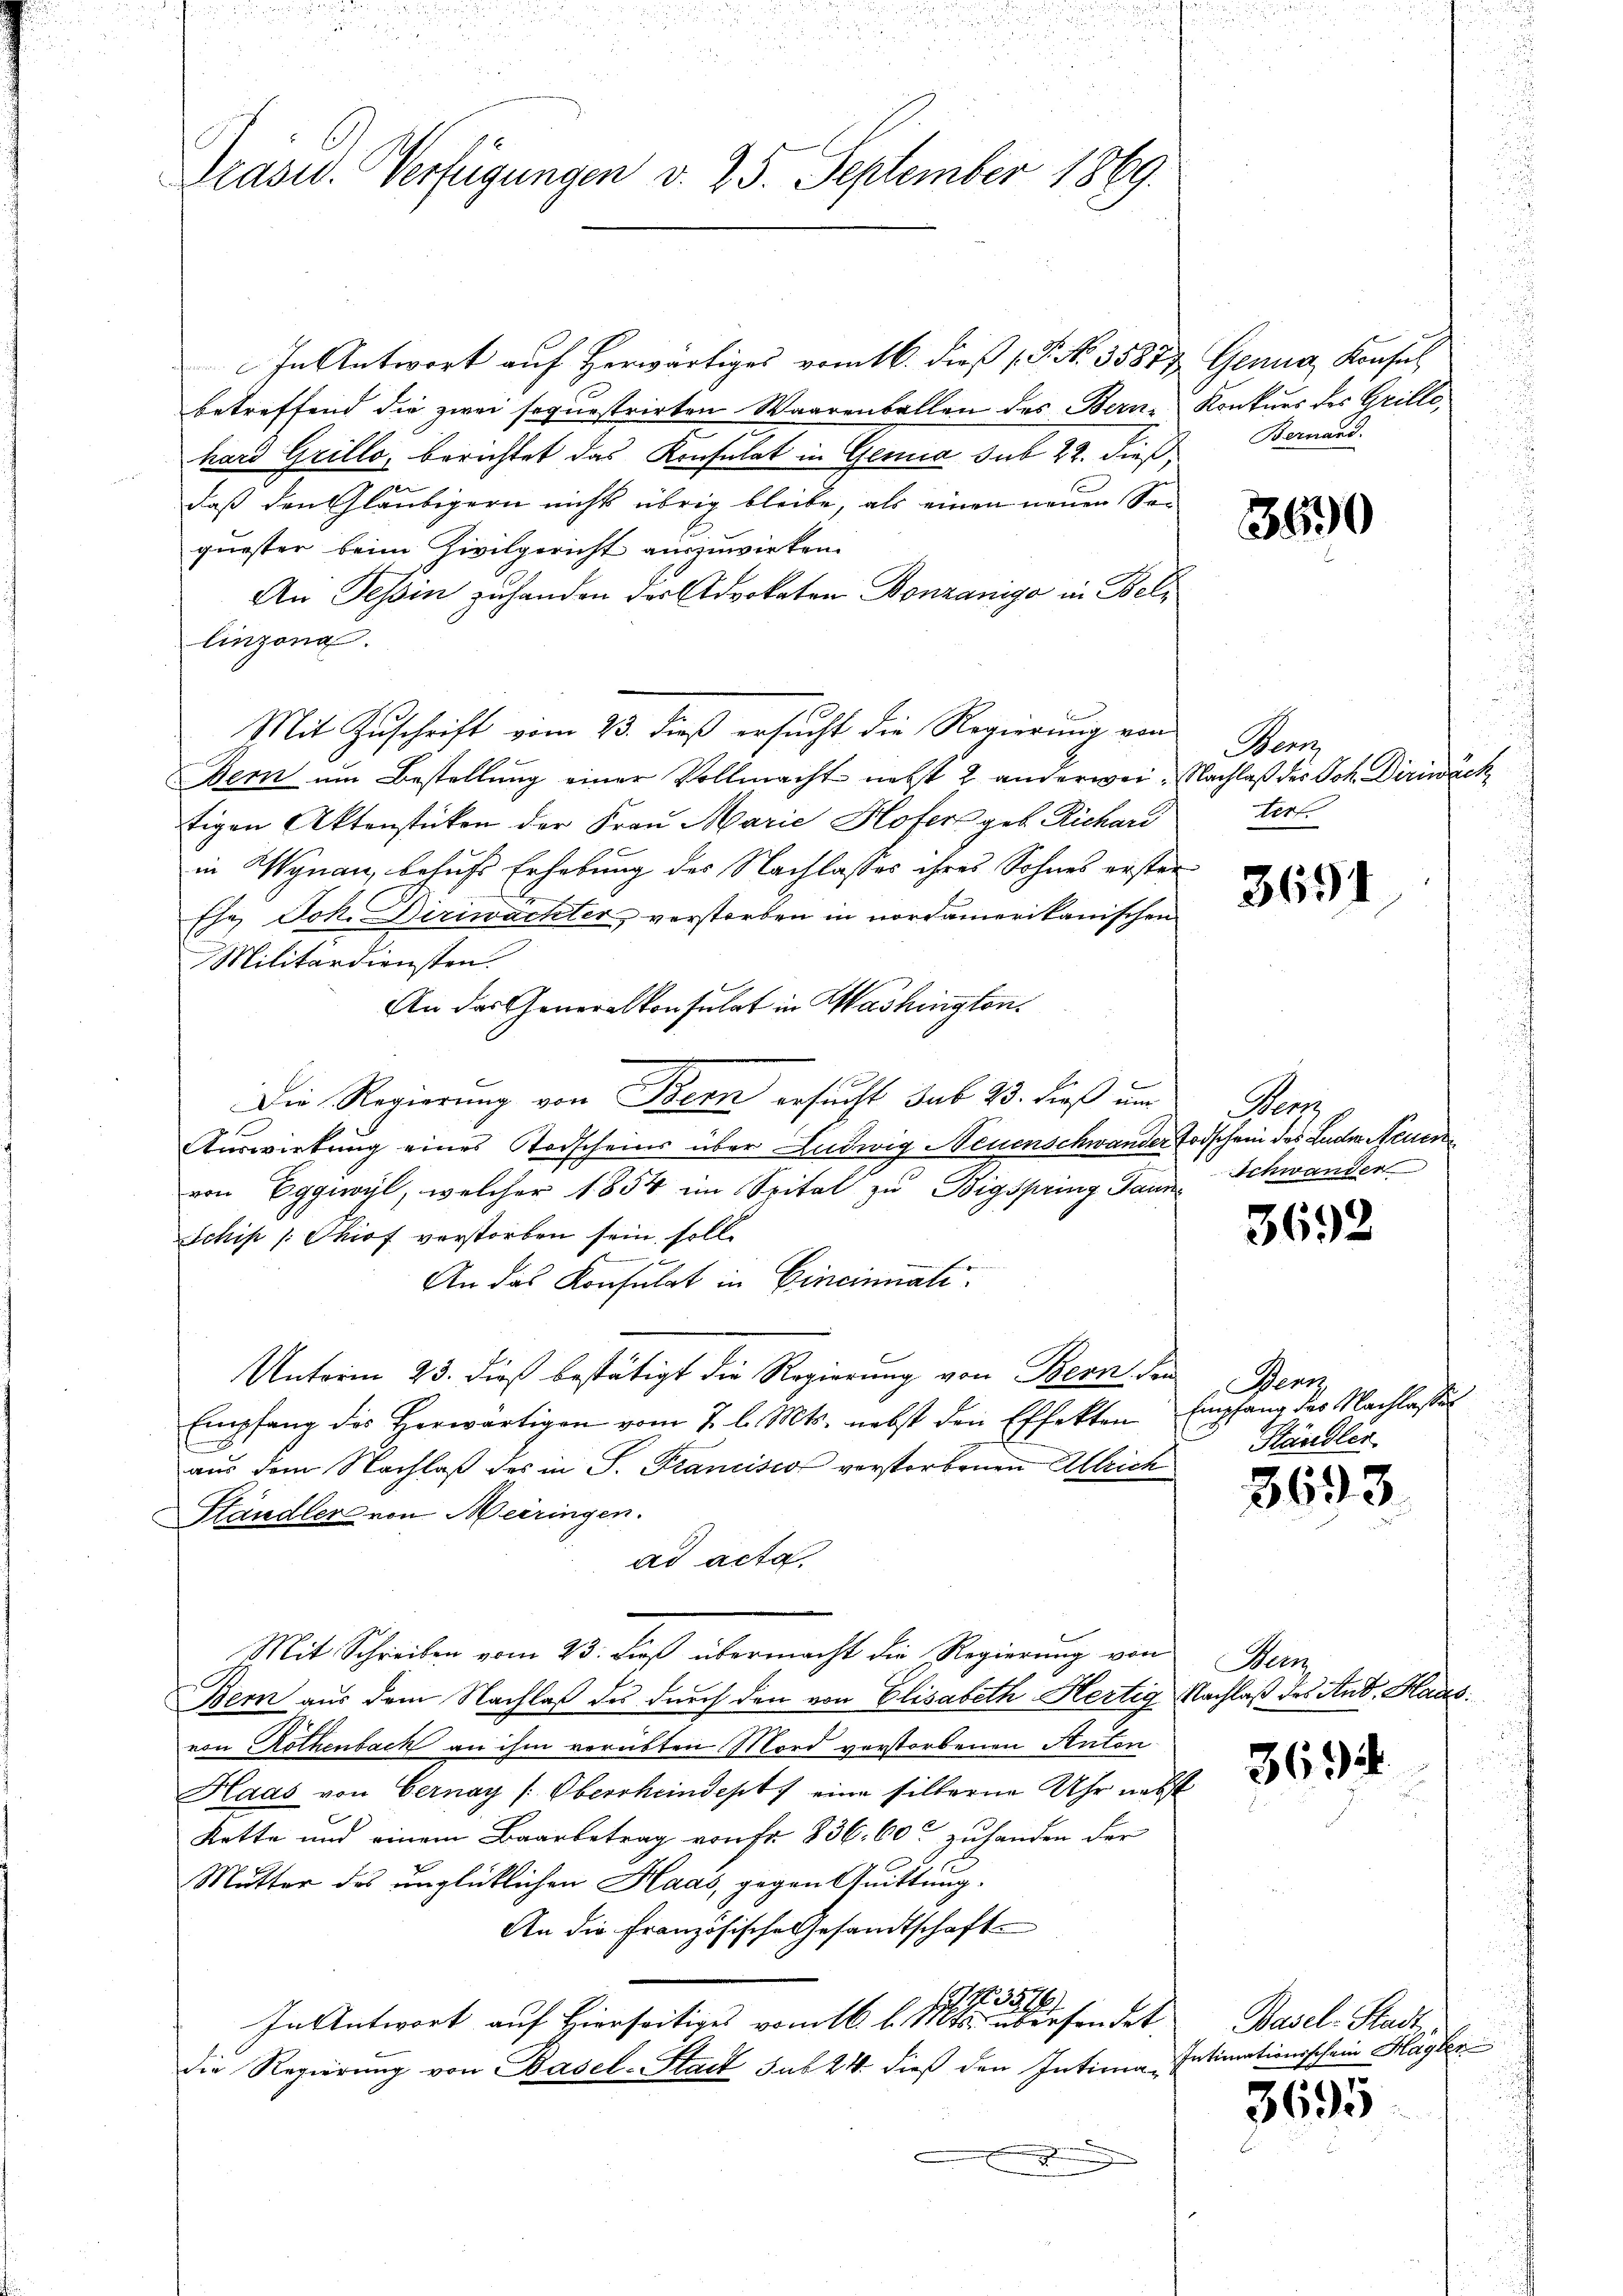
Grasw. Verfügungen v. 25. September 1869.

In Antwort auf Herwärtiges vom 16. dieß (V. No. 3581 & Genua, Konsul
betreffend die zwei sequestrirten Waarenballen des Berne Konkurs des Grillehard Grillo, berichtet das Konsulat in Gena sub 22. dieß
daß den Gläubigern nichts übrig bleibe, als einen neuen Soguester beim Zivilgericht auszuwirken.
An Tessin zuhanden der Advokaten Bonzanige in Beli
linzona.
Mit Zuschrift vom 23. dieß ersucht die Regierung von
Bern um Bestellung einer Vollmacht nebst 2 anderwei. Nachlaß des Joh. Diriwäch
tigen Aktenstücken der Frau Marie Hofer geb. Richard
in Wynau, behufs Erhebung der Nachlasses ihres Sohnes erster¬
Ehe Joh. Diriwächter verstorben in nordamerikanischen
Militärdiensten.
An das Generalkonsulat in Washington.
Die Regierung von Bern ersucht sub 23. dieß um
Auswirkung eines Todscheins über Ludwig Neuenschwander Todschein des Luder Neuen
von Eggwil, welcher 1854 im Spital zu Bigspring Gaun
Schip /Phiof verstorben sein, soll
An das Konsulat in Cincinuati
Unterm 23. dieß bestätigt die Regierung von Bern, den
Empfang des herwärtigen vom 7. l. Mts. nebst den Effekten Empfang des Nachlasse
aus dem Nachlaβ des in P. Francisco verstorbenen Alleich
Htändler von Meiringen.
ad acta
Mit Schreiben vom 25. dieß übermacht die Regierung von
Bern aus dem Nachlaß des durch den von Elisabeth Hertig Nachlaß des Ant. Haus
von Rothenbach an ihm vorübten Mord verstorbenen Anton
Haas von Cernay (Oberrheindest eine silberne Uhr nebst
Kette und einem Baarbetrag von Fr. 836. 60 zuhanden der
Mutter des unglücklichen Haas, gegen Quittung.
An die Französische Gesandtschaft
1. 77. 3514/
In Antwort auf Hierseitiges vom 16. l. Mts. übersendet,
die Regierung von Basel-Stadt sub 24. dieß den Intima¬

e
.
u

Bernand.

3590

Wenn
Verf

3691

Wen
Schwander

3692

Bern,
Ständler.

3693.

Bern,

3694.

Basel-Stadt
Intimationsschein Mayler

3695